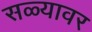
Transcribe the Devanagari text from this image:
सळ्यावर